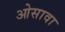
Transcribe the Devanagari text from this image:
ओसावा